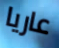
عاريا